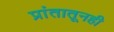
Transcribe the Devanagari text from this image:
प्रांतातूनही